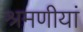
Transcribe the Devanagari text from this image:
श्रमणीयां